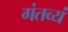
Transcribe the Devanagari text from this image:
गंतव्यं